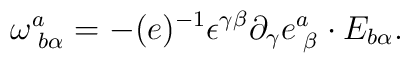
\omega^{a}_{\,\,b\alpha} = - (e)^{-1}\epsilon^{\gamma\beta} \partial_{\gamma}e^{a}_{\,\,\beta}\cdot E_{b\alpha}.